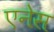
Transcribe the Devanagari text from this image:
एनेस